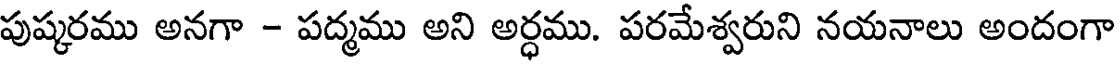
పుష్కరము అనగా - పద్మము అని అర్ధము. పరమేశ్వరుని నయనాలు అందంగా